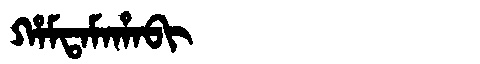
Manchu: ᡥᠠᠮᡨᠠᠮᠠᡥᠠᠪᡳ
Romanization: HAMTAMAHABI